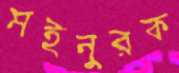
মইনুরক